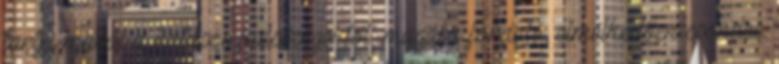
tartja magát a hatásos külsőségektől, magába forduló, elmélkedően csöndes.